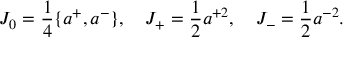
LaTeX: { \cal J } _ { 0 } = \frac { 1 } { 4 } \{ a ^ { + } , a ^ { - } \} , \quad { \cal J } _ { + } = \frac { 1 } { 2 } a ^ { + 2 } , \quad { \cal J } _ { - } = \frac { 1 } { 2 } a ^ { - 2 } .